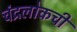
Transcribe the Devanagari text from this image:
चंद्रलोकची